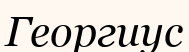
Георгиус